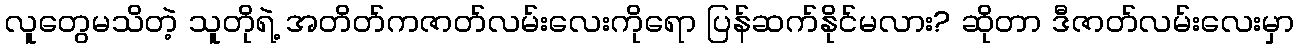
လူတွေမသိတဲ့ သူတိုရဲ့ အတိတ်ကဇာတ်လမ်းလေးကိုရော ပြန်ဆက်နိုင်မလား? ဆိုတာ ဒီဇာတ်လမ်းလေးမှာ